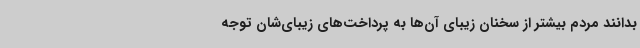
بدانند مردم بیشتر از سخنان زیبای ‌آن‌ها به پرداخت‌های زیبای‌شان توجه